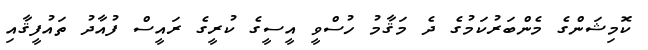
ކޮމިޝަންގެ މެންބަރުކަމުގެ ދެ މަޤާމު ހުސްވީ އީސީގެ ކުރީގެ ރައީސް ފުއާދު ތައުފީޤާއި